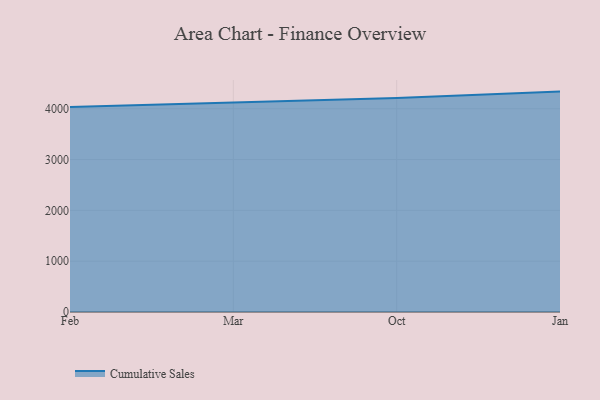
{"axis": {"x": "Month", "y": "Humidity (%)"}, "legend": ["Cumulative Sales"], "data": [{"x": "Feb", "y": 4033.0, "type": "Cumulative Sales"}, {"x": "Mar", "y": 4115.2, "type": "Cumulative Sales"}, {"x": "Oct", "y": 4212.3, "type": "Cumulative Sales"}, {"x": "Jan", "y": 4336.8, "type": "Cumulative Sales"}]}